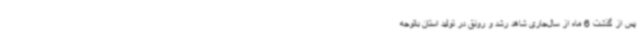
پس از گذشت 6 ماه از سال‌جاری شاهد رشد و رونق در تولید استان باتوجه